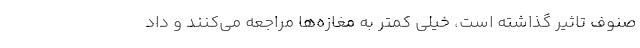
صنوف تاثیر گذاشته است، خیلی کمتر به مغازه‌ها مراجعه می‌کنند و داد